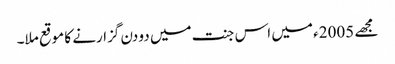
مجھے 2005ء میں اس جنت میں دو دن گزارنے کا موقع ملا۔